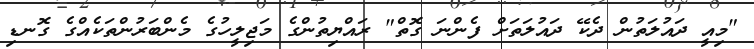
"މިއީ ދައުލަތުން ދެކޭ ދައުލަތަށް ފެންނަ ގޮތް" ރައްޔިތުންގެ މަޖިލީހުގެ މެންބަރުންތަކެއްގެ ގޮނޑި